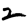
Digit: 2